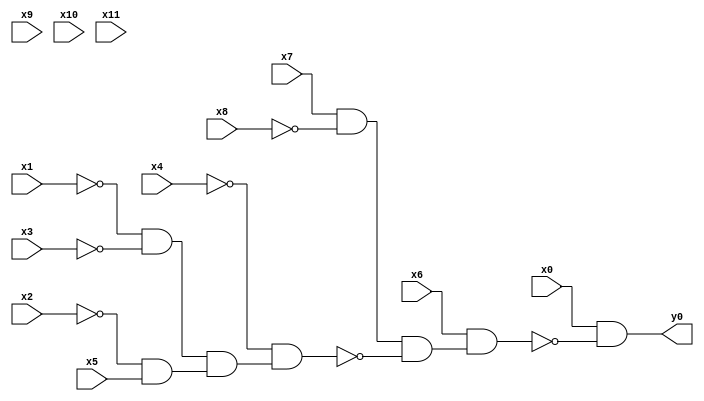
module top( x0 , x1 , x2 , x3 , x4 , x5 , x6 , x7 , x8 , x9 , x10 , x11 , y0 );
  input x0 , x1 , x2 , x3 , x4 , x5 , x6 , x7 , x8 , x9 , x10 , x11 ;
  output y0 ;
  wire n13 , n14 , n15 , n16 , n17 , n18 , n19 , n20 ;
  assign n13 = x7 & ~x8 ;
  assign n14 = ~x1 & ~x3 ;
  assign n15 = ~x2 & x5 ;
  assign n16 = n14 & n15 ;
  assign n17 = ~x4 & n16 ;
  assign n18 = n13 & ~n17 ;
  assign n19 = x6 & n18 ;
  assign n20 = x0 & ~n19 ;
  assign y0 = n20 ;
endmodule